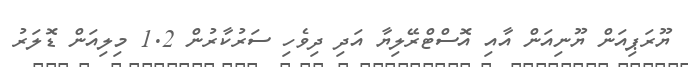
ޔޫރަޕިއަން ޔޫނިއަން އާއި އޮސްޓްރޭލިޔާ އަދި ދިވެހި ސަރުކާރުން 1.2 މިލިއަން ޑޮލަރު